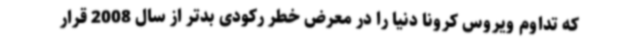
که تداوم ویروس کرونا دنیا را در معرض خطر رکودی بدتر از سال 2008 قرار